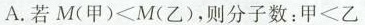
A.若$$M ( 甲 ) < M ( 乙 )$$，则分子数：$$甲 < 乙$$